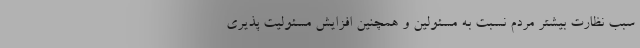
سبب نظارت بیشتر مردم نسبت به مسئولین و همچنین افزایش مسئولیت پذیری